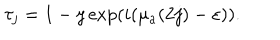
LaTeX: \tau _ { j } = 1 - y \exp ( i ( \mu _ { a } ( 2 j ) - \varepsilon ) ) .